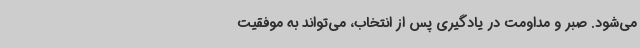
می‌شود. صبر و مداومت در یادگیری پس از انتخاب، می‌تواند به موفقیت